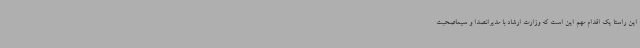
این راستا یک اقدام مهم این است که وزارت ارشاد با مدیرانصدا و سیماصحبت